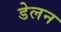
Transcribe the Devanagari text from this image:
डेलन